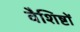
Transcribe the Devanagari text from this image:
वैशिष्टों